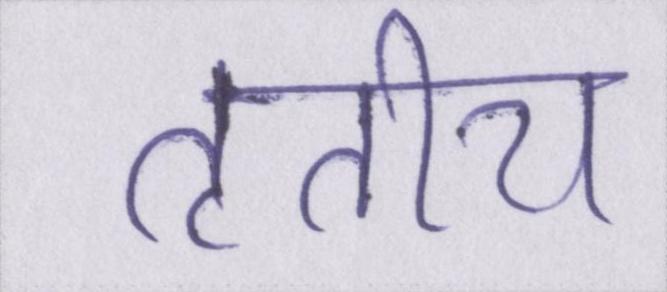
तृतीय